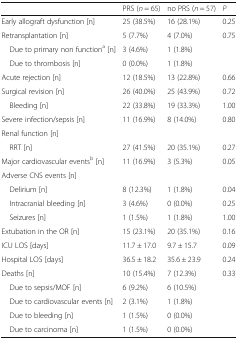
<table><thead><tr><td></td><td><b>PRS (<i>n</i> = 65)</b></td><td><b>no PRS (<i>n</i> = 57)</b></td><td><b><i>P</i></b></td></tr></thead><tbody><tr><td>Early allograft dysfunction [n]</td><td>25 (38.5%)</td><td>16 (28.1%)</td><td>0.25</td></tr><tr><td>Retransplantation [n]</td><td>5 (7.7%)</td><td>4 (7.0%)</td><td>0.75</td></tr><tr><td> Due to primary non function<sup>a</sup> [n]</td><td>3 (4.6%)</td><td>1 (1.8%)</td><td></td></tr><tr><td> Due to thrombosis [n]</td><td>0 (0.0%)</td><td>1 (1.8%)</td><td></td></tr><tr><td>Acute rejection [n]</td><td>12 (18.5%)</td><td>13 (22.8%)</td><td>0.66</td></tr><tr><td>Surgical revision [n]</td><td>26 (40.0%)</td><td>25 (43.9%)</td><td>0.72</td></tr><tr><td> Bleeding [n]</td><td>22 (33.8%)</td><td>19 (33.3%)</td><td>1.00</td></tr><tr><td>Severe infection/sepsis [n]</td><td>11 (16.9%)</td><td>8 (14.0%)</td><td>0.80</td></tr><tr><td colspan="4">Renal function [n]</td></tr><tr><td> RRT [n]</td><td>27 (41.5%)</td><td>20 (35.1%)</td><td>0.27</td></tr><tr><td>Major cardiovascular events<sup>b</sup> [n]</td><td>11 (16.9%)</td><td>3 (5.3%)</td><td>0.05</td></tr><tr><td colspan="4">Adverse CNS events [n]</td></tr><tr><td> Delirium [n]</td><td>8 (12.3%)</td><td>1 (1.8%)</td><td>0.04</td></tr><tr><td> Intracranial bleeding [n]</td><td>3 (4.6%)</td><td>0 (0.0%)</td><td>0.25</td></tr><tr><td> Seizures [n]</td><td>1 (1.5%)</td><td>1 (1.8%)</td><td>1.00</td></tr><tr><td>Extubation in the OR [n]</td><td>15 (23.1%)</td><td>20 (35.1%)</td><td>0.16</td></tr><tr><td>ICU LOS [days]</td><td>11.7 ± 17.0</td><td>9.7 ± 15.7</td><td>0.09</td></tr><tr><td>Hospital LOS [days]</td><td>36.5 ± 18.2</td><td>35.6 ± 23.9</td><td>0.24</td></tr><tr><td>Deaths [n]</td><td>10 (15.4%)</td><td>7 (12.3%)</td><td>0.33</td></tr><tr><td> Due to sepsis/MOF [n]</td><td>6 (9.2%)</td><td>6 (10.5%)</td><td></td></tr><tr><td> Due to cardiovascular events [n]</td><td>2 (3.1%)</td><td>1 (1.8%)</td><td></td></tr><tr><td> Due to bleeding [n]</td><td>1 (1.5%)</td><td>0 (0.0%)</td><td></td></tr><tr><td> Due to carcinoma [n]</td><td>1 (1.5%)</td><td>0 (0.0%)</td><td></td></tr></tbody></table>